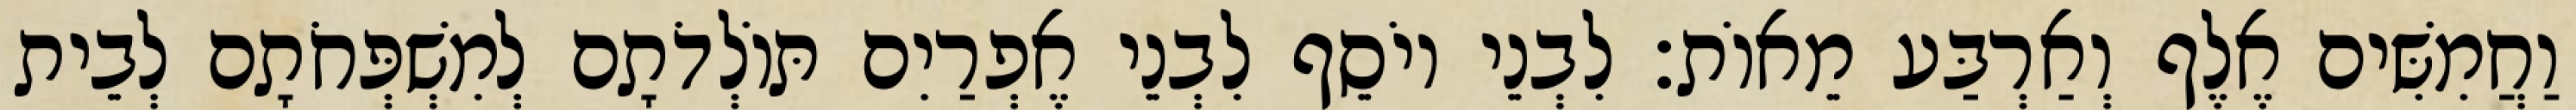
וַחֲמִשִּׁים אֶלֶף וְאַרְבַּע מֵאוֹת׃ לִבְנֵי יוֹסֵף לִבְנֵי אֶפְרַיִם תּוֹלְדֹתָם לְמִשְׁפְּחֹתָם לְבֵית